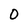
Character: 0